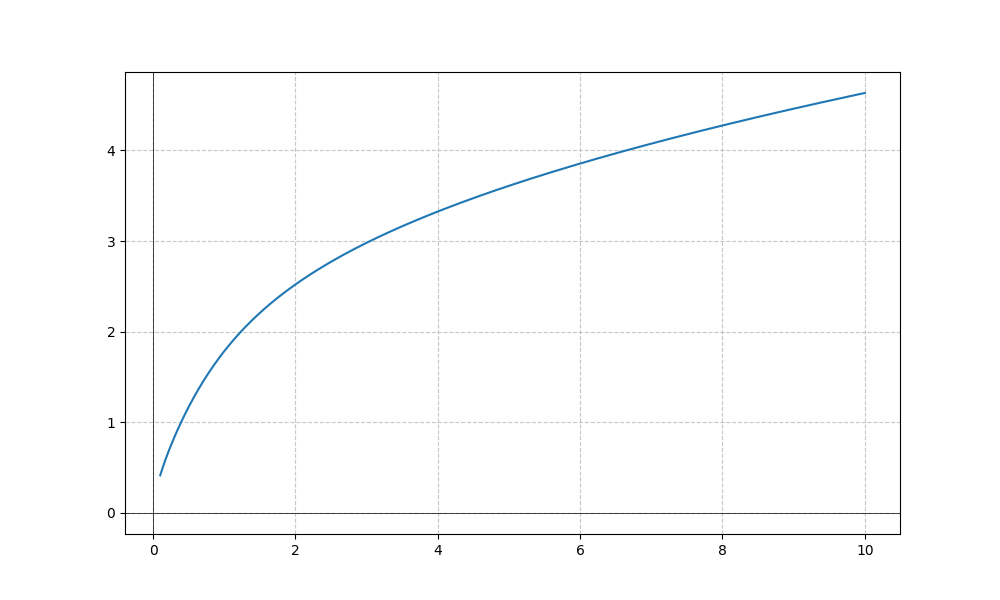
LaTeX formula: \sqrt{x} + \operatorname{atan}{\left(x \right)}